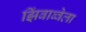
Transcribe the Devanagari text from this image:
झिंबाब्वेला